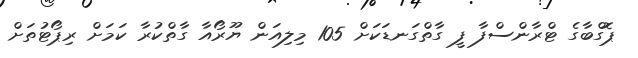
ޕޮގްބާގެ ޓްރާންސްފާ ފީ ގާތްގަނޑަކަށް 105 މިލިއަން ޔޫރޯއާ ގާތްކުރާ ކަމަށް ރިޕޯޓުތަށް